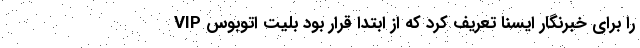
را برای خبرنگار ایسنا تعریف کرد که از ابتدا قرار بود بلیت اتوبوس VIP